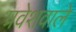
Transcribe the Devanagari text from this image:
प्रवेशवाले